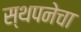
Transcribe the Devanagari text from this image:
स्थपनेचा